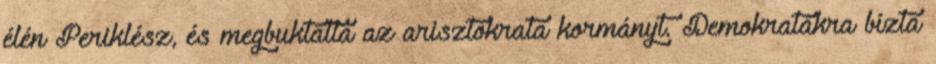
élén Periklész, és megbuktatta az arisztokrata kormányt. Demokratákra bízta